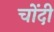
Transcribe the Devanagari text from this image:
चोंदी